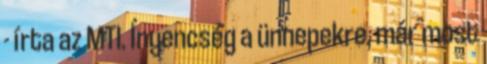
- írta az MTI. Ínyencség a ünnepekre, már most